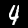
Label: 4